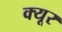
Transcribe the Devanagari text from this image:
क्यूर